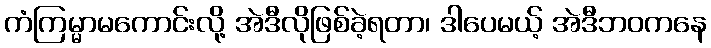
ကံကြမ္မာမကောင်းလို့ အဲဒီလိုဖြစ်ခဲ့ရတာ၊ ဒါပေမယ့် အဲဒီဘဝကနေ